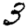
Digit: 3